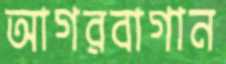
আগরবাগান